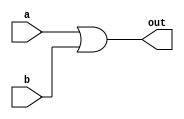
module orGate (
    a,b,out
);
    input a,b;
    output out;
    assign out = a | b;
endmodule